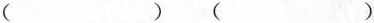
( )( )